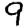
Digit: 9